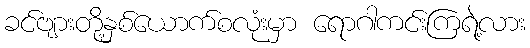
ခင်ဗျားတို့နှစ်ယောက်စလုံးမှာ ရောဂါကင်းကြရဲ့လား